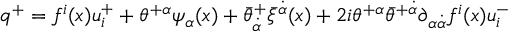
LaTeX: q ^ { + } = f ^ { i } ( x ) u _ { i } ^ { + } + \theta ^ { + \alpha } \psi _ { \alpha } ( x ) + \bar { \theta } _ { \dot { \alpha } } ^ { + } \bar { \xi } ^ { \dot { \alpha } } ( x ) + 2 i \theta ^ { + \alpha } \bar { \theta } ^ { + \dot { \alpha } } \partial _ { \alpha \dot { \alpha } } f ^ { i } ( x ) u _ { i } ^ { - }